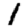
Digit: 1